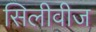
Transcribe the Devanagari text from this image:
सिलीवीज